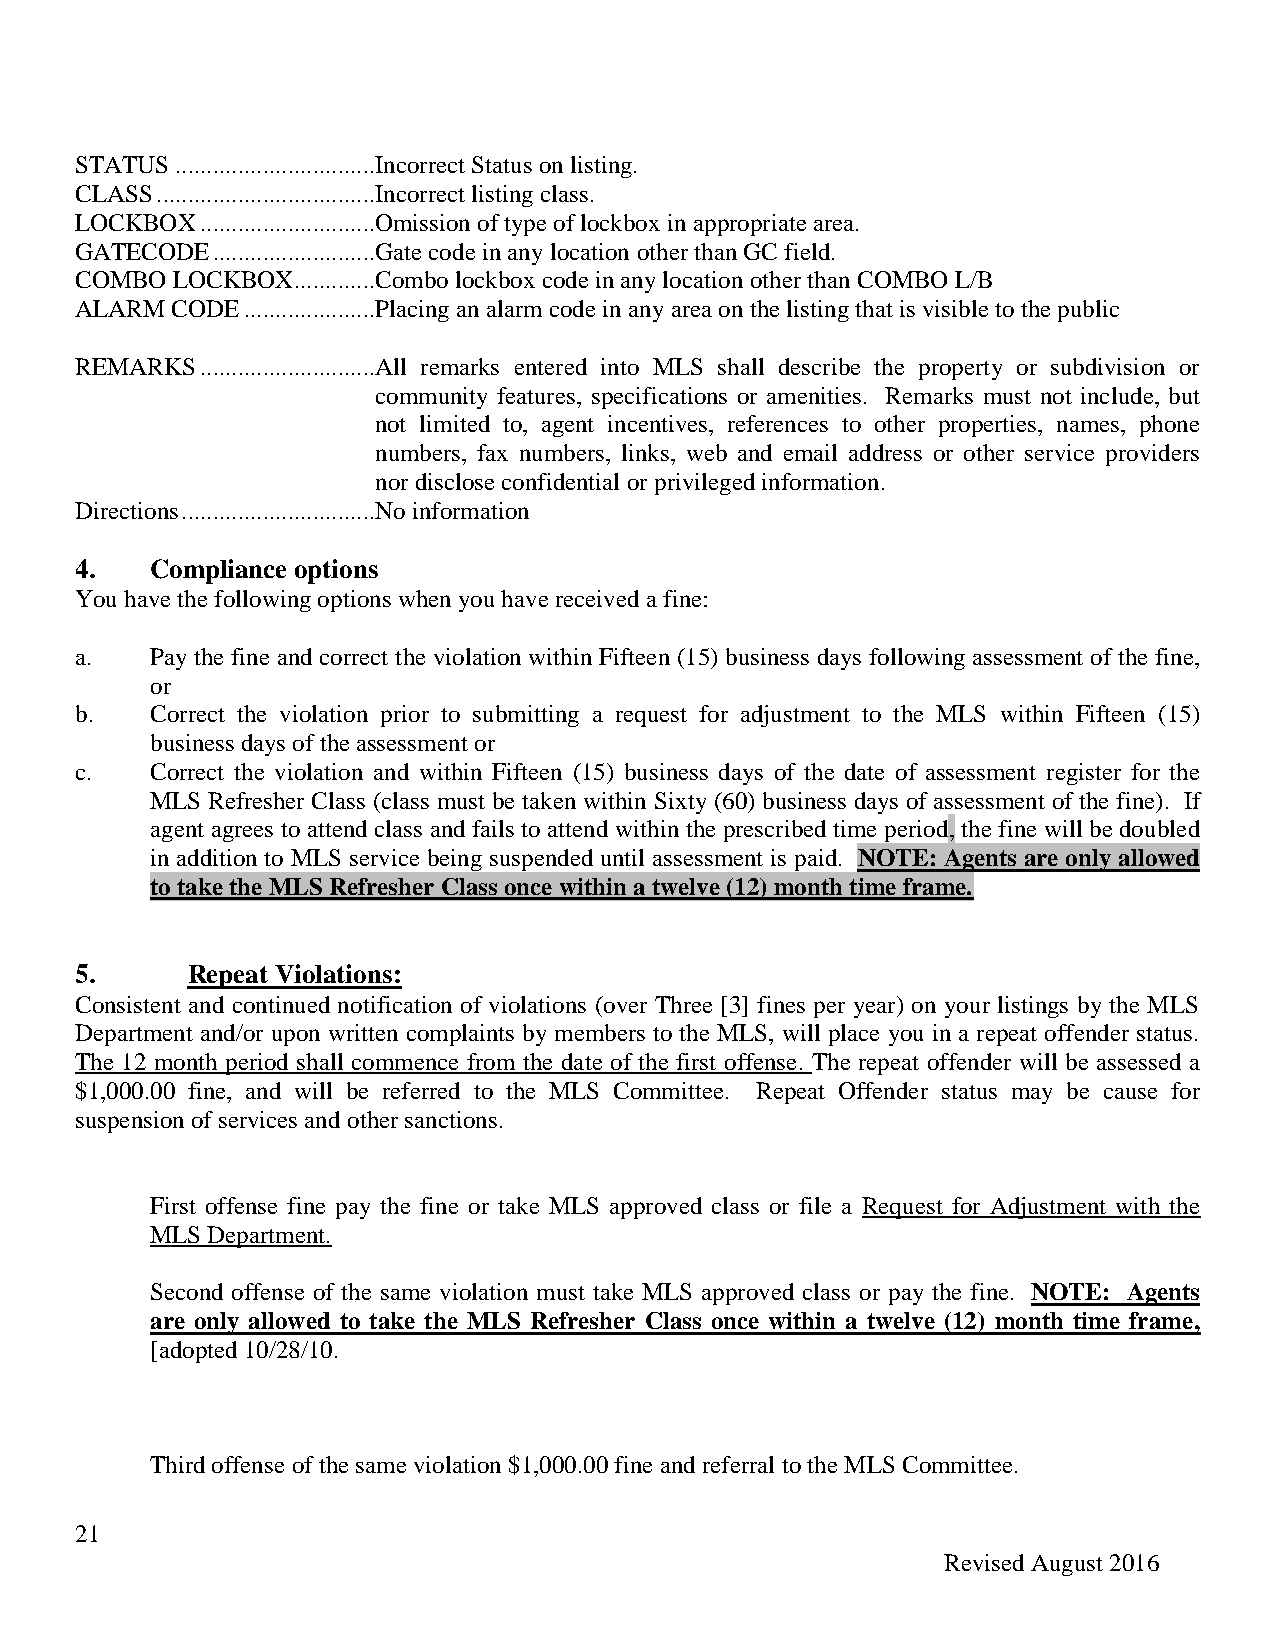
STATUS ................................Incorrect Status on listing.
 CLASS ...................................Incorrect listing class.
 LOCKBOX ............................Omission of type of lockbox in appropriate area.
 GATECODE ..........................Gate code in any location other than GC field.
 COMBO LOCKBOX.............Combo lockbox code in any location other than COMBO L/B
 ALARM CODE .....................Placing an alarm code in any area on the listing that is visible to the public
 REMARKS ............................All remarks entered into MLS shall describe the property or subdivision or
 community features, specifications or amenities. Remarks must not include, but
 not limited to, agent incentives, references to other properties, names, phone
 numbers, fax numbers, links, web and email address or other service providers
 nor disclose confidential or privileged information.
 Directions ...............................No information
 4.   Compliance options
 You have the following options when you have received a fine:
 a.   Pay the fine and correct the violation within Fifteen (15) business days following assessment of the fine,
 or
 b.   Correct the violation prior to submitting a request for adjustment to the MLS within Fifteen (15)
 business days of the assessment or
 c.   Correct the violation and within Fifteen (15) business days of the date of assessment register for the
 MLS Refresher Class (class must be taken within Sixty (60) business days of assessment of the fine). If
 agent agrees to attend class and fails to attend within the prescribed time period, the fine will be doubled
 in addition to MLS service being suspended until assessment is paid. NOTE: Agents are only allowed
 to take the MLS Refresher Class once within a twelve (12) month time frame.
 5.     Repeat Violations:
 Consistent and continued notification of violations (over Three [3] fines per year) on your listings by the MLS
 Department and/or upon written complaints by members to the MLS, will place you in a repeat offender status.
 The 12 month period shall commence from the date of the first offense. The repeat offender will be assessed a
 $1,000.00 fine, and will be referred to the MLS Committee. Repeat Offender status may be cause for
 suspension of services and other sanctions.
 First offense fine pay the fine or take MLS approved class or file a Request for Adjustment with the
 MLS Department.
 Second offense of the same violation must take MLS approved class or pay the fine. NOTE: Agents
 are only allowed to take the MLS Refresher Class once within a twelve (12) month time frame,
 [adopted 10/28/10.
 Third offense of the same violation $1,000.00 fine and referral to the MLS Committee.
 21
 Revised August 2016